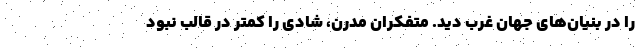
را در بنیان‌های جهان غرب دید. متفکران مدرن، شادی را کمتر در قالب نبود